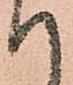
て